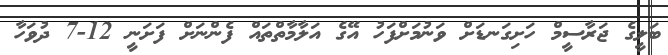
ބަލީގެ ޖަރާސީމް ހަށިގަނޑަށް ވަނުމަށްފަހު އޭގެ އަލާމާތްތައް ފެންނަށް ފަށަނީ 12-7 ދުވަހާ